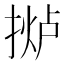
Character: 𫽤